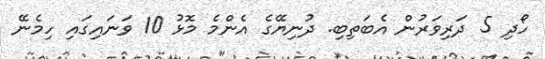
ހޯދި 5 ދަރިވަރުން އެބަތިބި. ދުނިޔޭގެ އެންމެ މޮޅު 10 ވަނައިގައި ހިމެނޭ